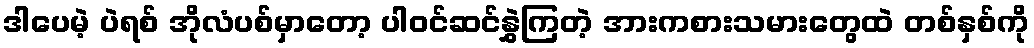
ဒါပေမဲ့ ပဲရစ် အိုလံပစ်မှာတော့ ပါဝင်ဆင်နွှဲကြတဲ့ အားကစားသမားတွေထဲ တစ်နှစ်ကို